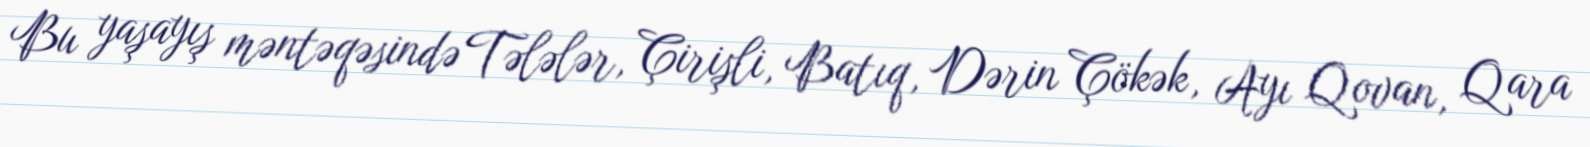
Bu yaşayış məntəqəsində Tələlər, Çirişli, Batıq, Dərin Çökək, Ayı Qovan, Qara